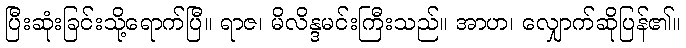
ပြီးဆုံးခြင်းသို့ရောက်ပြီ။ ရာဇ၊ မိလိန္ဒမင်းကြီးသည်။ အာဟ၊ လျှောက်ဆိုပြန်၏။